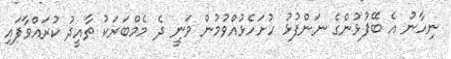
ނިހާނު އެ ބޭފުޅުންގެ ނަންފުޅު ހުށަހެޅުއްވުމުން ވަނީ ދެ މެމްބަރަކު ތާއީދު ކުރައްވާފައި